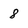
Character: 8